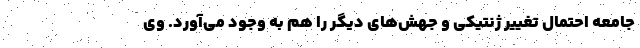
جامعه احتمال تغییر ژنتیکی و جهش‌های دیگر را هم به وجود می‌آورد. وی